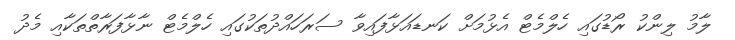
ލާމު ލިންކު ރޯޑުގައި ހެލްމެޓް އެޅުމަށް ކަނޑައަޅާފައިވާ ސަރަހައްދުތަކުގައި ހެލްމެޓް ނާޅާފަރާތްތަކާއި މެދު